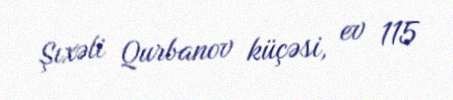
Şıxəli Qurbanov küçəsi, ev 115